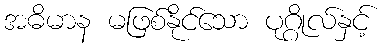
အဓိမာန မဖြစ်နိုင်သော ပုဂ္ဂိုလ်နှင့်